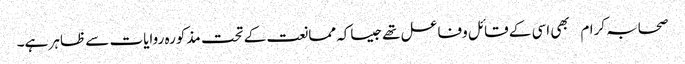
صحابہ کرام بھی اسی کے قائل وفاعل تھےجیساکہ ممانعت کے تحت مذکورہ روایات سے ظاہر ہے۔